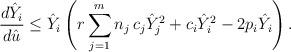
LaTeX: \begin{align*}\frac{d \hat{Y}_i }{d\hat{u}} \leq \hat{Y}_i \left (r \sum_{j=1}^m n_j \,c_{j} \hat{Y}_j^2+c_{i} \hat{Y}_i^2 -2p_i \hat{Y}_i \right ). \end{align*}